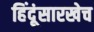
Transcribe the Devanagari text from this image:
हिंदूंसारखेच